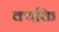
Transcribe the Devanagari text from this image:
क्यक्ति